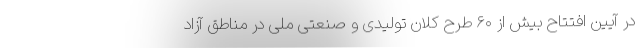
در آیین افتتاح بیش از ۶۰ طرح کلان تولیدی و صنعتی ملی در مناطق آزاد